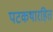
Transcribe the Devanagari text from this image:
पटकथारहित